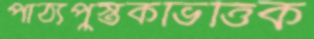
পাঠ্যপুস্তকভিত্তিক